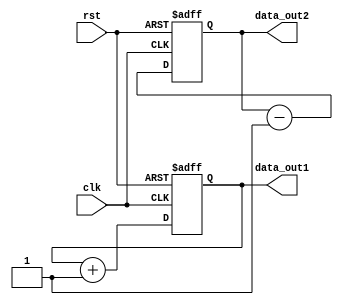
module behavioral_block_dual_initial_blocks (
    input wire clk,
    input wire rst,
    output reg [7:0] data_out1,
    output reg [7:0] data_out2
);

reg [7:0] var1;
reg [7:0] var2;

initial begin
    var1 = 8'b00000000;
    var2 = 8'b11111111;
end

initial begin
    data_out1 = var1;
    data_out2 = var2;
end

always @(posedge clk or posedge rst)
begin
    if (rst)
    begin
        var1 <= 8'b00000000;
        var2 <= 8'b11111111;
    end
    else
    begin
        var1 <= var1 + 8'b00000001;
        var2 <= var2 - 8'b00000001;
    end
end

endmodule